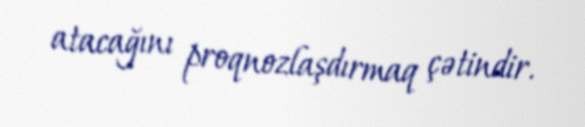
atacağını proqnozlaşdırmaq çətindir.